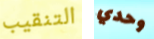
التنقيب وحدي